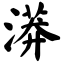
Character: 漭